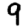
Digit: 9